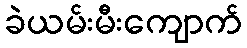
ခဲယမ်းမီးကျောက်